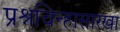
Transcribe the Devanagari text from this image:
प्रश्नचिन्हासारखा